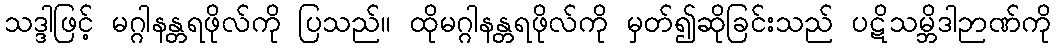
သဒ္ဒါဖြင့် မဂ္ဂါနန္တရဖိုလ်ကို ပြသည်။ ထိုမဂ္ဂါနန္တရဖိုလ်ကို မှတ်၍ဆိုခြင်းသည် ပဋိသမ္ဘိဒါဉာဏ်ကို